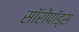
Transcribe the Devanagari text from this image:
सॉरोपॉड्स